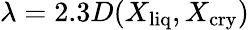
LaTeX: \lambda=2.3D(X_{\mathrm{liq}},X_{\mathrm{cry}})